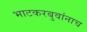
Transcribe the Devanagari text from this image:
भाटकरबुवांनाच